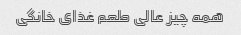
همه چیز عالی طعم غذای خانگی